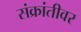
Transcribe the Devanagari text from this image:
संक्रांतीवर